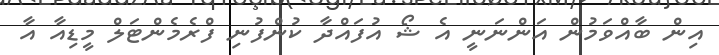
އިން ބާއްވަމުން އަންނަނީ އެ ޝޯ އުފައްދާ ކުންފުނި ފްރެމެންޓަލް މީޑިއާ އާ